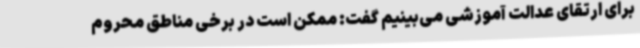
برای ارتقای عدالت آموزشی می‌بینیم گفت: ممکن است در برخی مناطق محروم